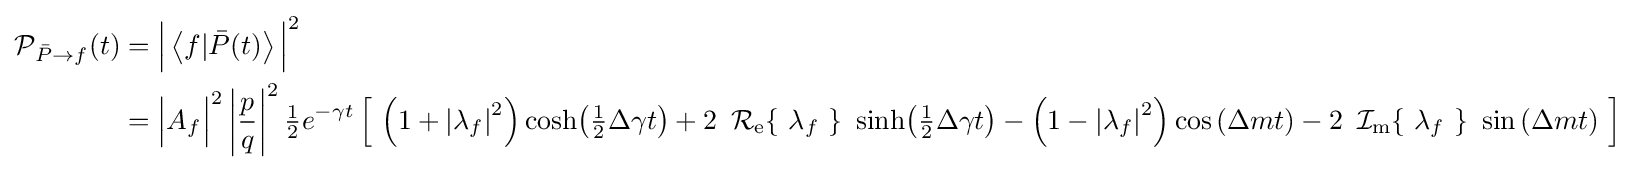
{\begin{aligned}\operatorname {\mathcal {P}} _{{\bar {P}}\to f}(t)&={\Bigl |}\left\langle f|{\bar {P}}(t)\right\rangle {\Bigr |}^{2}\\&={\Bigl |}A_{f}{\Bigr |}^{2}\left|{\frac {p}{q}}\right|^{2}{\tfrac {1}{2}}e^{-\gamma t}\left[\ \left(1+\left|\lambda _{f}\right|^{2}\right)\cosh \!\left({\tfrac {1}{2}}\Delta \gamma t\right)+2\ \operatorname {{\mathcal {R}}_{e}} \!\left\{\ \lambda _{f}\ \right\}\ \sinh \!\left({\tfrac {1}{2}}\Delta \gamma t\right)-\left(1-\left|\lambda _{f}\right|^{2}\right)\cos \left(\Delta mt\right)-2\ \operatorname {{\mathcal {I}}_{m}} \!\left\{\ \lambda _{f}\ \right\}\ \sin \left(\Delta mt\right)\ \right]\\\end{aligned}}